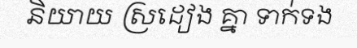
និយាយ ស្រដៀង គ្នា ទាក់ទង